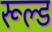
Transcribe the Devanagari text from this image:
रूल्ड